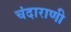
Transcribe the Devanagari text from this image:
चंदाराणी